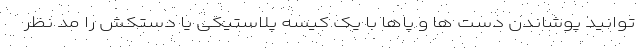
توانید پوشاندن دست ها و پاها با یک کیسه پلاستیکی یا دستکش را مد نظر